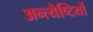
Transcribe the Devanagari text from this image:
अन्त्येष्टियों